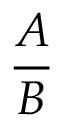
\frac { A } { B }